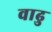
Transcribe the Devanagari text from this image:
वाढु